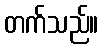
တက်သည်။